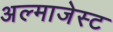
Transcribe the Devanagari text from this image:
अल्माजेस्ट